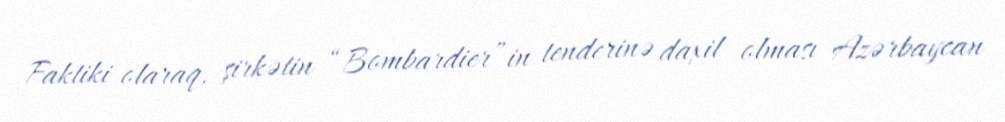
Faktiki olaraq, şirkətin “Bombardier”in tenderinə daxil olması Azərbaycan